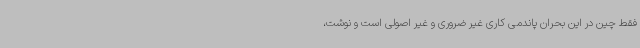
فقط چین در این بحران پاندمی کاری غیر ضروری و غیر اصولی است و نوشت،